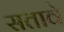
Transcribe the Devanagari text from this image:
सतावे